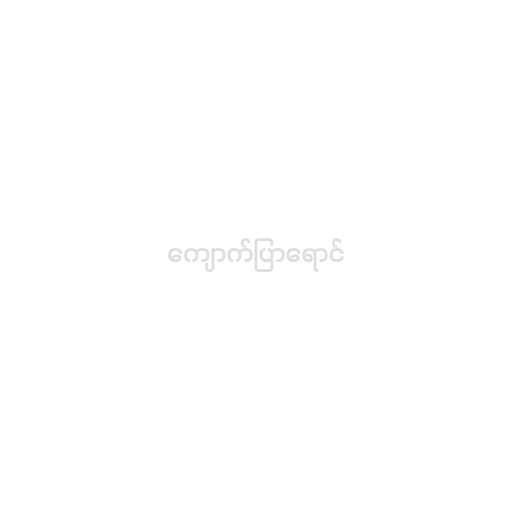
ကျောက်ပြာရောင်